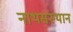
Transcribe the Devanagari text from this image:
नाथसंस्थान